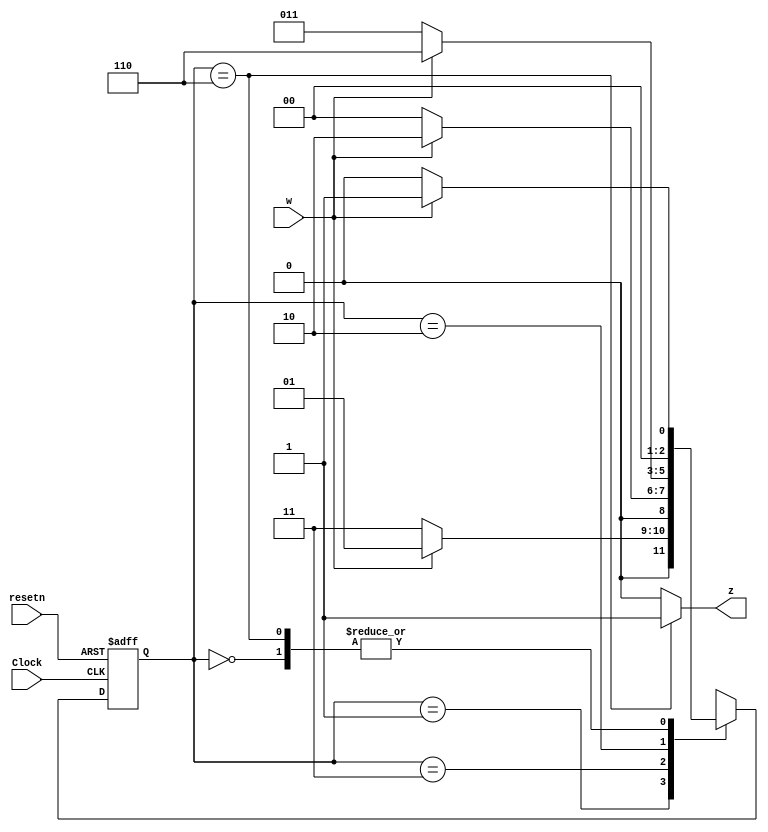
module Mooreno_1011 (w,z,Clock, resetn);
input Clock, resetn, w;
output reg z;
reg [2:0] y, Y;
parameter A=3'b000, B=3'b001, C=3'b011, D=3'b010, E=3'b110;

always@(posedge Clock, negedge resetn)
begin
if(resetn==0)
  y<=A;
  else
  y<=Y;
 end 

always @(w, y)
begin
case (y)
A: if (w) Y=B;
else Y=A;
B: if (w) Y=B;
else Y=C;
C: if (w) Y=D;
else Y=A;
D: if (w) Y=E;
else Y=C;
E: if (w) Y=B;
else Y=A;
default:Y=3'bxxx;
endcase
end

always@(y)
 begin
 case(y)
A:z<=0;
B:z<=0;
C:z<=0;
D:z<=0;
E:z<=1;
default:z<=0;
endcase
end

endmodule